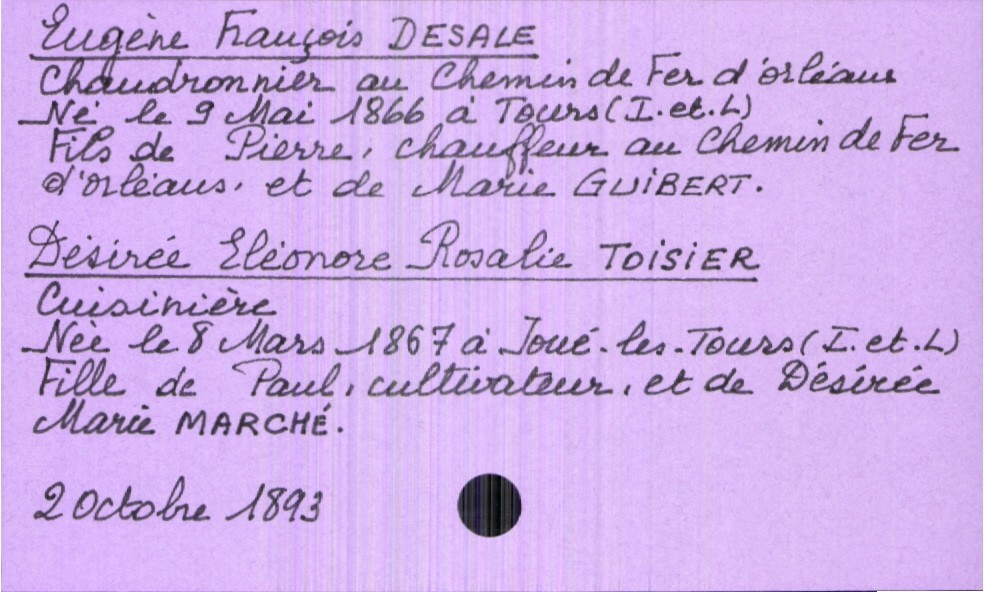
type_acte: Mariage
année: 1893
mois: octobre
jour: 2
marié_nom: Desale
marié_prénom: Eugène François
marié_profession: chaudronnier au chemin de fer d'Orléans
marié_date_de_naissance: 9 mai 1866
marié_lieu_de_naissance: Tours (Indre-et-Loire)
père_marié_nom: Desale
père_marié_prénom: Pierre
père_marié_profession: chauffeur au chemin de fer d'Orléans
mère_marié_nom: Guibert
mère_marié_prénom: Marie
mariée_nom: Toisier
mariée_prénom: Désirée Eléonore Rosalie
mariée_profession: cuisinière
mariée_date_de_naissance: 8 mars 1867
mariée_lieu_de_naissance: Joué-les-Tours (Indre-et-Loire)
père_mariée_nom: Toisier
père_mariée_prénom: Paul
père_mariée_profession: cultivateur
mère_mariée_nom: Marché
mère_mariée_prénom: Désirée Marie